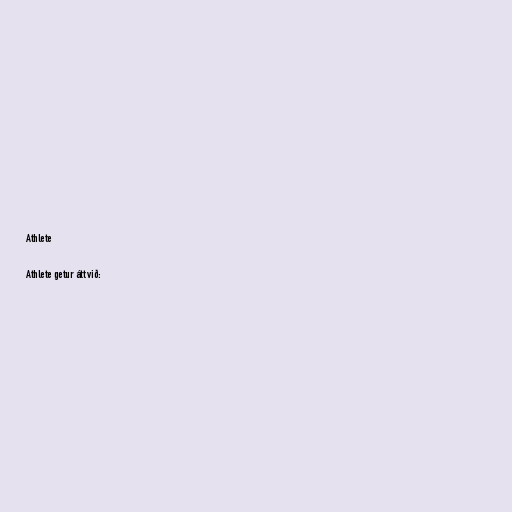
Athlete

Athlete getur átt við: